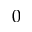
0